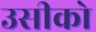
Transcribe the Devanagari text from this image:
उसीको